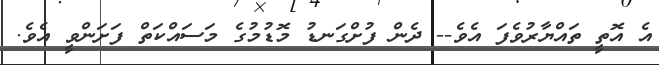
އެ އޮތީ ތައްޔާރުވެފަ އެވެ-- ދެން ފުށްގަނޑު މޮޑުމުގެ މަސައްކަތް ފަށަންވީ އެވެ.